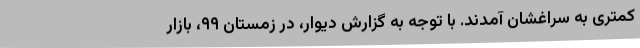
کمتری به سراغشان آمدند. با توجه به گزارش دیوار، در زمستان ۹۹، بازار